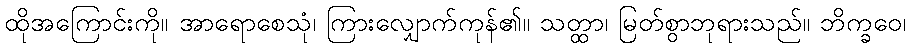
ထိုအကြောင်းကို။ အာရောစေသုံ၊ ကြားလျှောက်ကုန်၏။ သတ္ထာ၊ မြတ်စွာဘုရားသည်။ ဘိက္ခဝေ၊